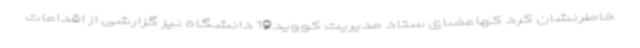
خاطرنشان کرد کهاعضای ستاد مدیریت کووید19 دانشگاه نیز گزارشی از اقدامات